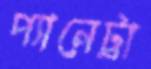
প্যানেট্রা